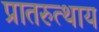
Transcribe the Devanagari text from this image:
प्रातरुत्थाय